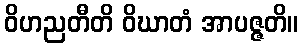
ဝိဟညတီတိ ဝိဃာတံ အာပဇ္ဇတိ။